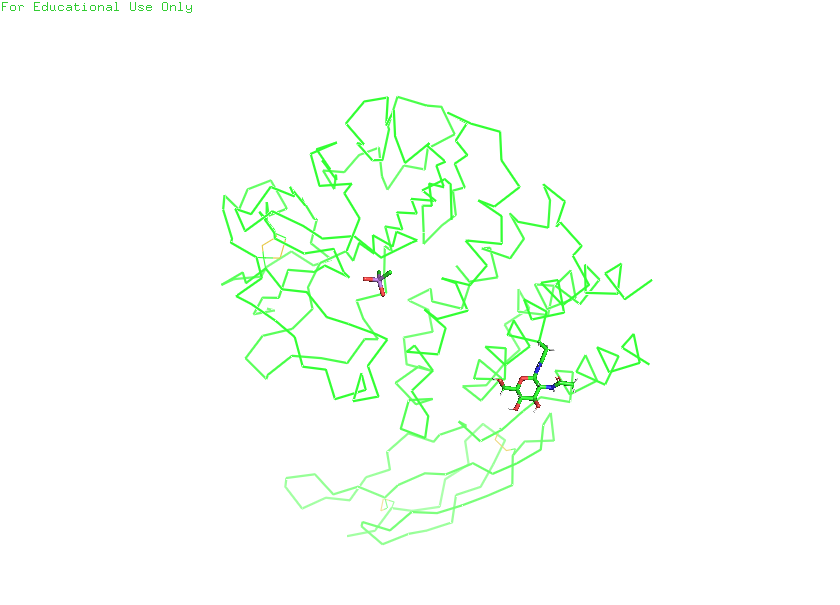
pymol, preset, simple_no_solv